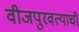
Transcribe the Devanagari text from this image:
वीजपुरवत्याची